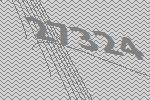
27324